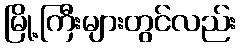
မြို့ကြီးများတွင်လည်း